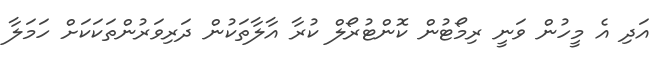
އަދި އެ މީހުން ވަނީ ރިމޯޓުން ކޮންޓުރޯލް ކުރާ އާލާތަކުން ދަރިވަރުންތަކަކަށް ހަމަލާ